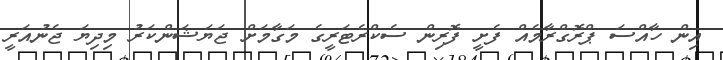
އިން ހާއްސަ ޕްރޮގްރާމެއް ފެށީ ފޮރިން ސެކްރެޓަރީގެ މަގާމަށް ޖަޔަޝަންކަރު މިދިޔަ ޖެނުއަރީ